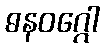
ဓနဝဂ္ဂေါ